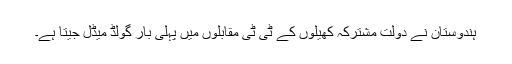
ہندوستان نے دولت مشترکہ کھیلوں کے ٹی ٹی مقابلوں میں پہلی بار گولڈ میڈل جیتا ہے۔